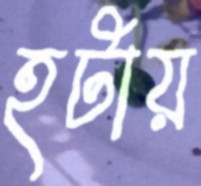
হটায়